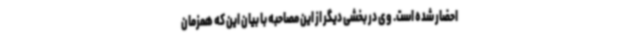
احضار شده است. وی در بخشی دیگر از این مصاحبه با بیان این که همزمان